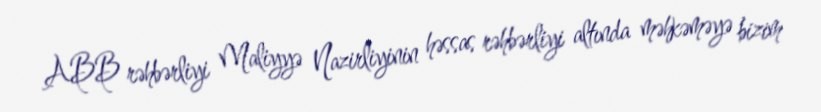
ABB rəhbərliyi Maliyyə Nazirliyinin həssas rəhbərliyi altında məhkəməyə bizim